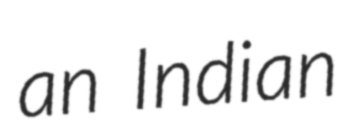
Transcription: an Indian